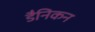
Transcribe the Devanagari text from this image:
डैनिकन